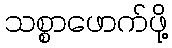
သစ္စာဖောက်ဖို့